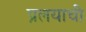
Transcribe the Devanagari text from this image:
प्रलयाची